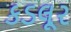
કડલૂર